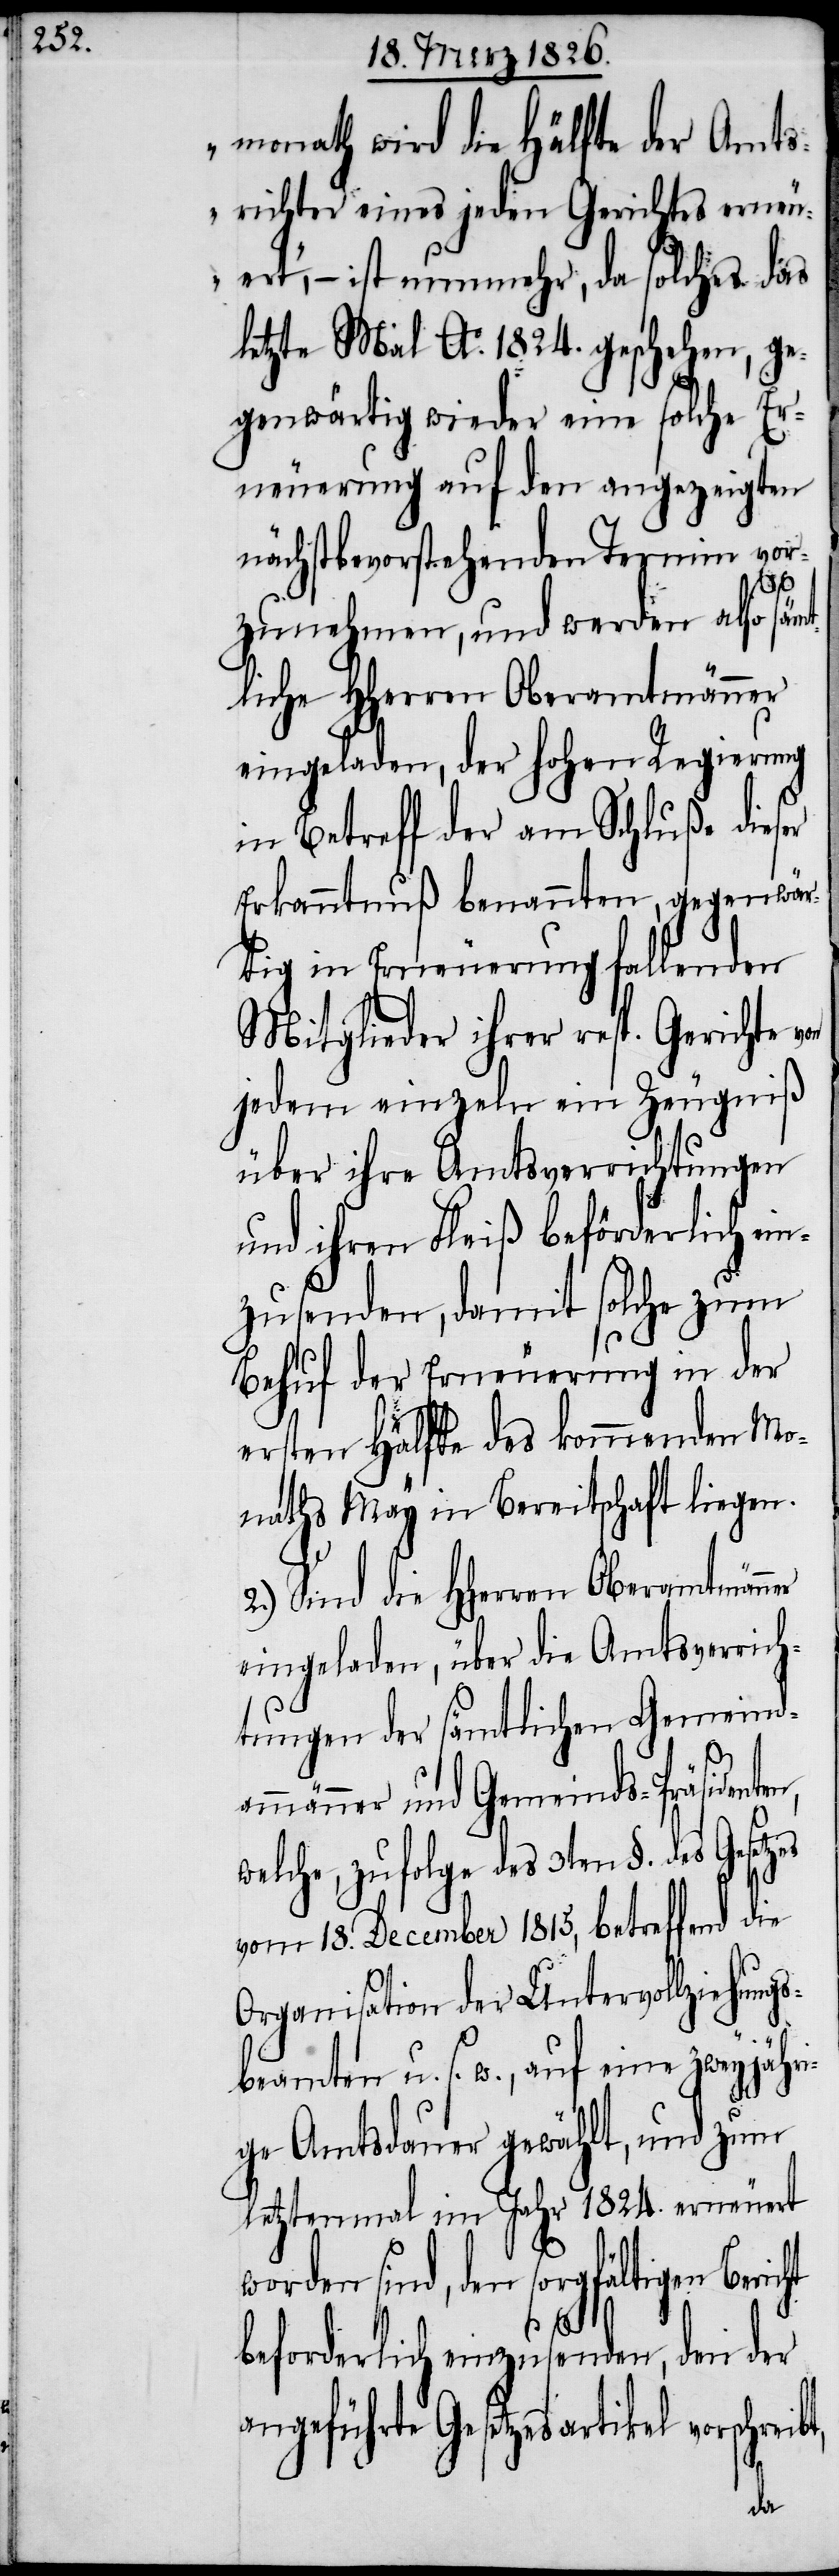
monath wird die Hälfte der Amt¬
srichter eines jeden Gerichtes erneu¬
ert“, – ist nunmehr, da solches das
letzte Mal Ao. 1824. geschehen, ge¬
genwärtig wieder eine solche Er¬
neuerung auf den angezeigten
nächstbevorstehenden Termin vor¬
cht
zunehmen, und werden [1.] also
liche HHerren Oberamtmänner
eingeladen, der hohen Regierung
in Betreff der am Schluße dieser
Erkanntnuß benannten, gegenwär¬
tig in Erneuerung fallenden
Mitglieder ihrer resp. Gerichte
jedem einzeln ein Zeugniß
über ihre Amtsverrichtungen
und ihren Fleiß beförderlich ein¬
zusenden, damit solche zum
Behuf der Erneuerung in der
ersten Hälfte des kommenden Mo¬
naths May in Bereitschaft liegen.
2.) Sind die HHerren Oberamtmänn¬
eingeladen, über die Amtsverrich¬
tungen der sämtlichen Gemeinda¬
mmänner und Gemeinds-Präsiden¬
welche, zufolge des 3ten §. des
vom 18. December 1815, betreffend die
Organisation der Untervollziehungs¬
beamten u. s. w., auf eine zweyjähr¬
ige Amtsdauer gewählt, und zum
letztenmal im Jahr 1824. erneuert
sind, den sorgfältigen Beri¬
beforderlich einzusenden, den der
angeführte Gesetzesartikel
ten,